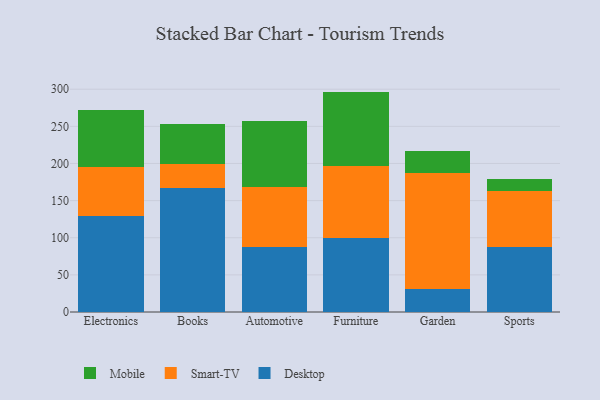
{"axis": {"x": "Category", "y": "LTV (USD)"}, "legend": ["Desktop", "Mobile", "Smart-TV"], "data": [{"x": "Electronics", "y": 129.3, "type": "Desktop"}, {"x": "Electronics", "y": 66.3, "type": "Smart-TV"}, {"x": "Electronics", "y": 76.7, "type": "Mobile"}, {"x": "Books", "y": 166.9, "type": "Desktop"}, {"x": "Books", "y": 32.5, "type": "Smart-TV"}, {"x": "Books", "y": 54.1, "type": "Mobile"}, {"x": "Automotive", "y": 88.2, "type": "Desktop"}, {"x": "Automotive", "y": 79.7, "type": "Smart-TV"}, {"x": "Automotive", "y": 89.9, "type": "Mobile"}, {"x": "Furniture", "y": 99.7, "type": "Desktop"}, {"x": "Furniture", "y": 97.1, "type": "Smart-TV"}, {"x": "Furniture", "y": 100.0, "type": "Mobile"}, {"x": "Garden", "y": 30.4, "type": "Desktop"}, {"x": "Garden", "y": 157.3, "type": "Smart-TV"}, {"x": "Garden", "y": 29.7, "type": "Mobile"}, {"x": "Sports", "y": 87.8, "type": "Desktop"}, {"x": "Sports", "y": 75.5, "type": "Smart-TV"}, {"x": "Sports", "y": 15.9, "type": "Mobile"}]}